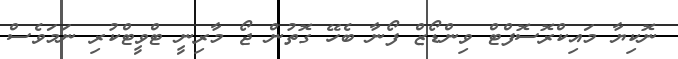
ނޮކިޔާ މައިކްރޮސޮފްޓް ވިންޑޯޒް ފޯނާ ބެހޭ ގޮތުން ޖޯ މާރިނީ ޓްވީޓްކުރި ނަމަވެސް